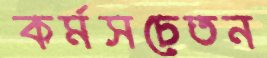
কর্মসচেতন